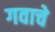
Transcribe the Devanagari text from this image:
गवाचे